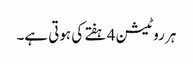
ہر روٹیشن 4 ہفتے کی ہوتی ہے۔